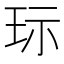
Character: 𱮷